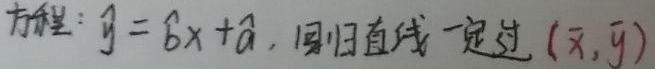
方程：$\hat{y}=\hat{b}x+\hat{a}$，回归直线一定过$(\bar{x},\bar{y})$